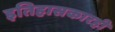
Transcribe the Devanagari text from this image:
इतिहासकारही